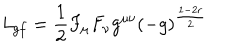
{ \it L } _ { g f } = \frac { 1 } { 2 } F _ { \mu } F _ { \nu } g ^ { \mu \nu } ( - g ) ^ { \frac { 1 - 2 r } { 2 } }